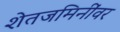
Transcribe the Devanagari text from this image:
शेतजमिनींवर